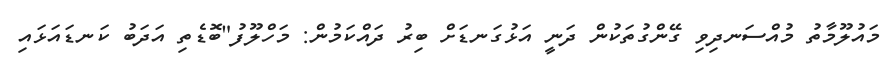
މައުލޫމާތު މުއްސަނދިވި ގޭންގުތަކުން ދަނީ އަޅުގަނޑަށް ބިރު ދައްކަމުން: މަހްލޫފު"ބޮޑެތި އަދަބު ކަނޑައަޅައި